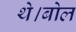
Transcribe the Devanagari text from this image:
थे।बोल